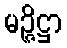
မဉ္ဇိဋ္ဌာ